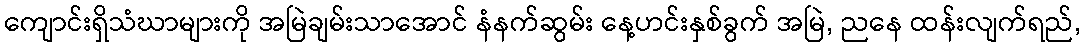
ကျောင်းရှိသံဃာများကို အမြဲချမ်းသာအောင် နံနက်ဆွမ်း နေ့ဟင်းနှစ်ခွက် အမြဲ, ညနေ ထန်းလျက်ရည်,